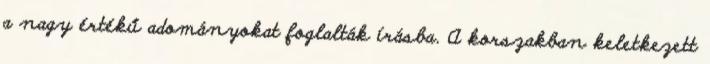
a nagy értékű adományokat foglalták írásba. A korszakban keletkezett